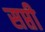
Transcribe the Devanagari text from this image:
सप्ती